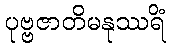
ပုဗ္ဗဇာတိမနုဿရိံ